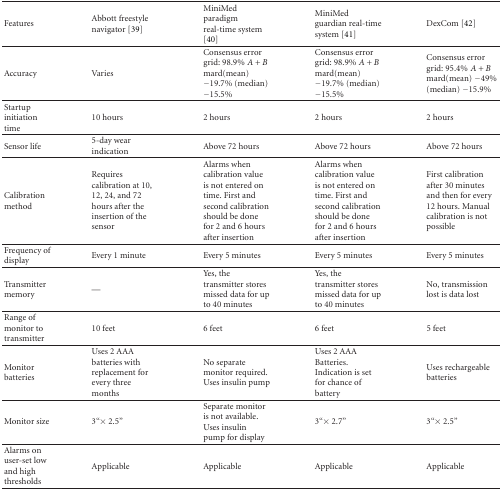
<table><thead><tr><td><b>Features</b></td><td><b>Abbott freestyle navigator [39]</b></td><td><b>MiniMed paradigm real-time system [40]</b></td><td><b>MiniMed guardian real-time system [41]</b></td><td><b>DexCom [42]</b></td></tr></thead><tbody><tr><td>Accuracy</td><td>Varies</td><td>Consensus error grid: 98.9%<i> </i><i>A</i> mard(mean) −19.7% (median) −15.5%</td><td>Consensus error grid: 98.9%<i> </i><i>A</i> mard(mean) −19.7% (median) −15.5%</td><td>Consensus error grid: 95.4%<i> </i><i>A</i> mard(mean) −49% (median) −15.9%</td></tr><tr><td>Startup initiation time</td><td>10 hours</td><td>2 hours</td><td>2 hours</td><td>2 hours</td></tr><tr><td>Sensor life</td><td>5-day wear indication</td><td>Above 72 hours</td><td>Above 72 hours</td><td>Above 72 hours</td></tr><tr><td>Calibration method</td><td>Requires calibration at10, 12, 24, and 72 hours after the insertion of the sensor</td><td>Alarms when calibration value is not entered on time.First and second calibration should be done for 2 and 6 hours afterinsertion</td><td>Alarms when calibrationvalue is not entered on time. First and second calibration should be done for2 and 6 hours after insertion</td><td>First calibration after 30minutes and then for every 12 hours. Manual calibration is not possible</td></tr><tr><td>Frequency of display</td><td>Every 1 minute</td><td>Every 5 minutes</td><td>Every 5 minutes</td><td>Every 5 minutes</td></tr><tr><td>Transmitter memory</td><td>—</td><td>Yes, the transmitter stores missed data for up to 40minutes</td><td>Yes, the transmitter storesmissed data for up to 40 minutes</td><td>No, transmission lost isdata lost</td></tr><tr><td>Range of monitor to transmitter</td><td>10 feet</td><td>6 feet</td><td>6 feet</td><td>5 feet</td></tr><tr><td>Monitor batteries</td><td>Uses 2 AAA batteries withreplacement for every three months</td><td>No separate monitor required. Uses insulin pump</td><td>Uses 2 AAA Batteries.Indication is set for chance of battery</td><td>Uses rechargeable batteries</td></tr><tr><td>Monitor size</td><td>3“ × 2.5”</td><td>Separate monitor is not available. Uses insulin pump for display</td><td>3“ × 2.7”</td><td>3“ × 2.5”</td></tr><tr><td>Alarms on user-set low and high thresholds</td><td>Applicable</td><td>Applicable</td><td>Applicable</td><td>Applicable</td></tr></tbody></table>